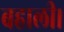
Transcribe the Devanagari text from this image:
बहाली।